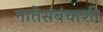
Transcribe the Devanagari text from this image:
नातेसंबंधाशी